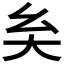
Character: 𡗞